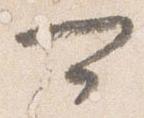
可